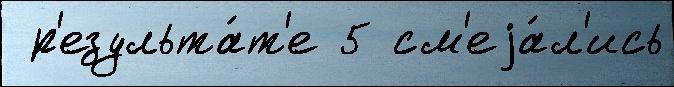
 р'езульта́т'е 5 см'еjа́л'ись